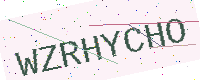
Text: WZRHYCHO